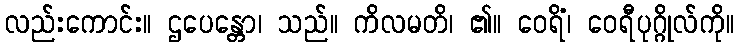
လည်းကောင်း။ ဌပေန္တော၊ သည်။ ကိလမတိ၊ ၏။ ဝေရိံ၊ ဝေရီပုဂ္ဂိုလ်ကို။